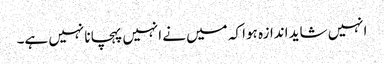
انہیں شاید اندازہ ہوا کہ میں نے انہیں پہچانا نہیں ہے۔